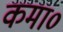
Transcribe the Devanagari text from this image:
कमा०